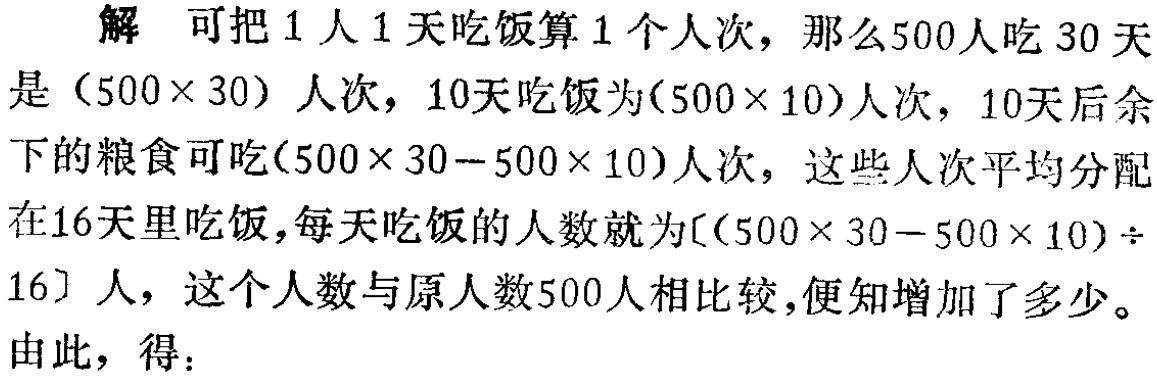
解 可把 1 人 1 天吃饭算 1 个人次，那么500人吃 30 天是 $(500\times 30)$ 人次，10天吃饭为$(500\times 10)$人次，10天后余下的粮食可吃$(500\times 30 - 500\times 10)$人次，这些人次平均分配在16天里吃饭，每天吃饭的人数就为$[(500\times 30 - 500\times 10)\div 16]$ 人，这个人数与原人数500人相比较，便知增加了多少。
由此，得：